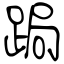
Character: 跼